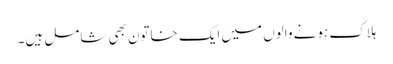
ہلاک ہونے والوں میں ایک خاتون بھی شامل ہیں۔